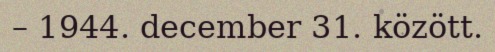
– 1944. december 31. között.